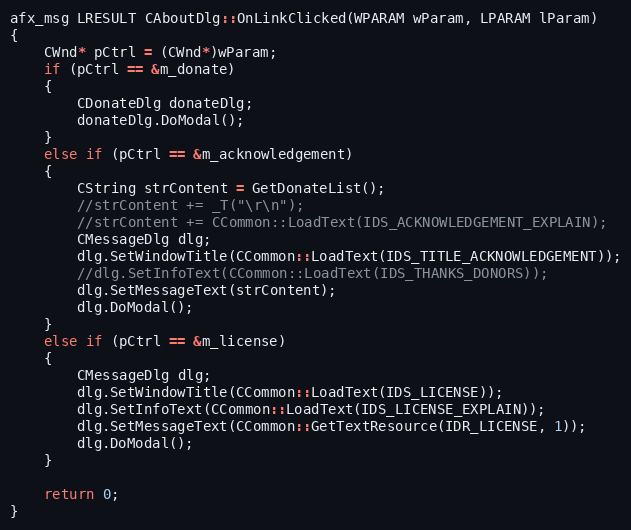
Language: C++
afx_msg LRESULT CAboutDlg::OnLinkClicked(WPARAM wParam, LPARAM lParam)
{
	CWnd* pCtrl = (CWnd*)wParam;
	if (pCtrl == &m_donate)
	{
		CDonateDlg donateDlg;
		donateDlg.DoModal();
	}
	else if (pCtrl == &m_acknowledgement)
	{
		CString strContent = GetDonateList();
		//strContent += _T("\r\n");
		//strContent += CCommon::LoadText(IDS_ACKNOWLEDGEMENT_EXPLAIN);
		CMessageDlg dlg;
		dlg.SetWindowTitle(CCommon::LoadText(IDS_TITLE_ACKNOWLEDGEMENT));
		//dlg.SetInfoText(CCommon::LoadText(IDS_THANKS_DONORS));
		dlg.SetMessageText(strContent);
		dlg.DoModal();
	}
    else if (pCtrl == &m_license)
    {
        CMessageDlg dlg;
        dlg.SetWindowTitle(CCommon::LoadText(IDS_LICENSE));
        dlg.SetInfoText(CCommon::LoadText(IDS_LICENSE_EXPLAIN));
        dlg.SetMessageText(CCommon::GetTextResource(IDR_LICENSE, 1));
        dlg.DoModal();
    }

	return 0;
}